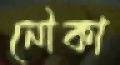
নৌকা